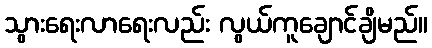
သွားရေးလာရေးလည်း လွယ်ကူချောင်ချိမည်။